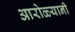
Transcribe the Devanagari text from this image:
आरोळ्यानी